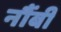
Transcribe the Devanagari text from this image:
नौंबी